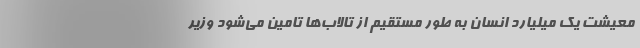
معیشت یک میلیارد انسان به طور مستقیم از تالاب‌ها تامین می‌شود وزیر